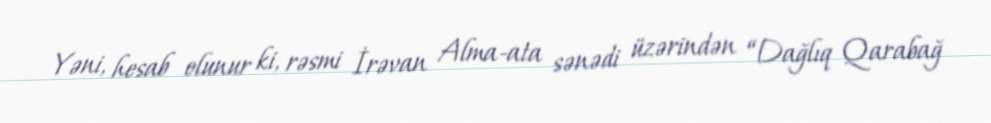
Yəni, hesab olunur ki, rəsmi İrəvan Alma-ata sənədi üzərindən “Dağlıq Qarabağ